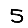
Digit: 5